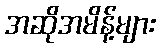
အဆိုအမိန့်များ